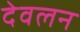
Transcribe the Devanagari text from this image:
देवलन